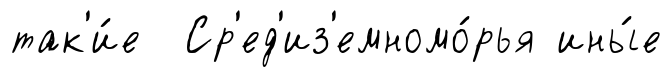
так'и́е Ср'ед'из'емномо́рья ины́е